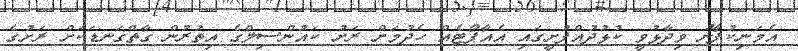
އެމަނިކުފާނު ވިދާޅުވީ ކުޅުދުއްފުށީގައި އެއާޕޯޓެއް ހެދުމަށް ރަށު ކައުންސިލްގެ އިތުރުން ގާތްގަނޑަކަށް ރަށުގެ